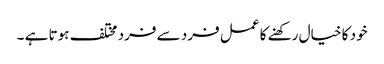
خود کا خیال رکھنے کا عمل فرد سے فرد مختلف ہوتا ہے ۔